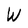
Character: W